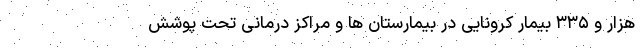
هزار و ۳۳۵ بیمار کرونایی در بیمارستان ها و مراکز درمانی تحت پوشش